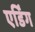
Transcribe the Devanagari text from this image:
एर्डिंग